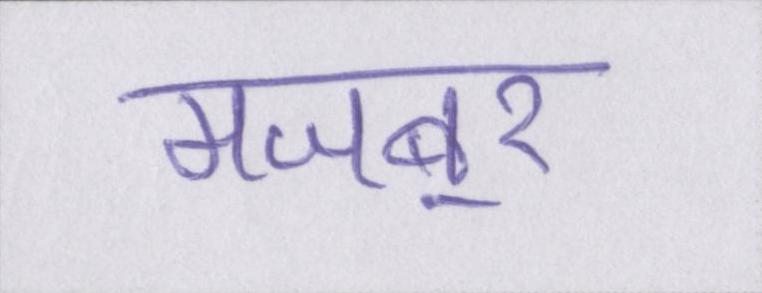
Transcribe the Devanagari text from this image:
मजबूर